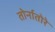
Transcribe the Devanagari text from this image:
तोर्नातोरे